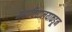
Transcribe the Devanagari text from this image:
महाविद्यालयाकडून